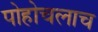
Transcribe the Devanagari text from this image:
पोहोचलाच